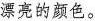
漂亮的颜色。